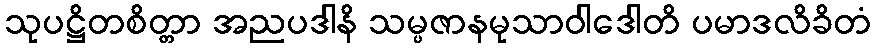
သုပဋ္ဌိတစိတ္တာ အညပဒါနိ သမ္ပဇာနမုသာဝါဒေါတိ ပမာဒလိခိတံ